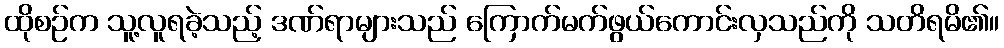
ထိုစဉ်က သူ့လူရခဲ့သည့် ဒဏ်ရာများသည် ကြောက်မက်ဖွယ်ကောင်းလှသည်ကို သတိရမိ၏။